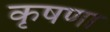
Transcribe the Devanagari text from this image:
कृषणा